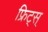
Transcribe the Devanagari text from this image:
फ्रिट्स्